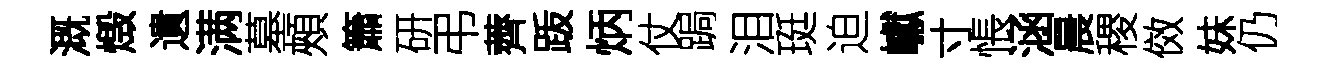
溉燬遺满墓頰簫研弔薺䟦炳仗跼泪珽迫巘寸悵涵晨稷傚妹仍